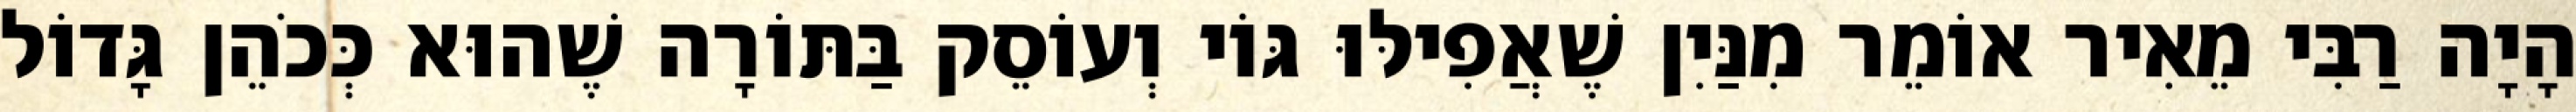
הָיָה רַבִּי מֵאִיר אוֹמֵר מִנַּיִן שֶׁאֲפִילּוּ גּוֹי וְעוֹסֵק בַּתּוֹרָה שֶׁהוּא כְּכֹהֵן גָּדוֹל